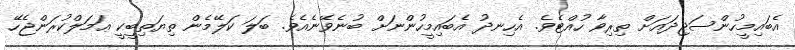
އެބައިމީހުންސަޖިދައަށް ތިރިވާ ހުއްޓެވެ. އެހިނދު އެބައިމީހުންނަށް ބުނެވޭނެއެވެ. ބަލަ ކަލޭމެން ތިޔަތިބީކީ ޢަމަލްކުރަންޖެހޭ